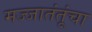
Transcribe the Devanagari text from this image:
मज्जातंतूंचा